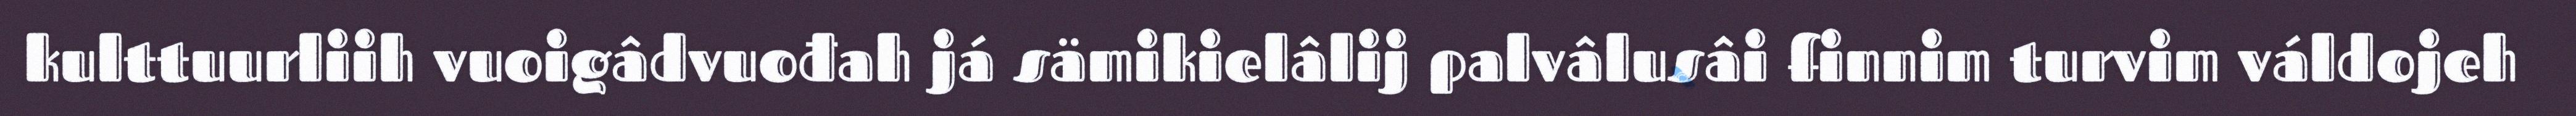
kulttuurliih vuoigâdvuođah já sämikielâlij palvâlusâi finnim turvim váldojeh